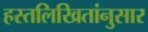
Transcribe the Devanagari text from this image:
हस्तलिखितांनुसार